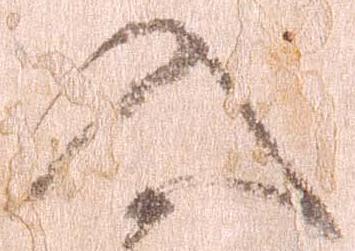
入